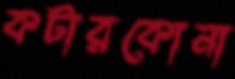
কটারকোনা